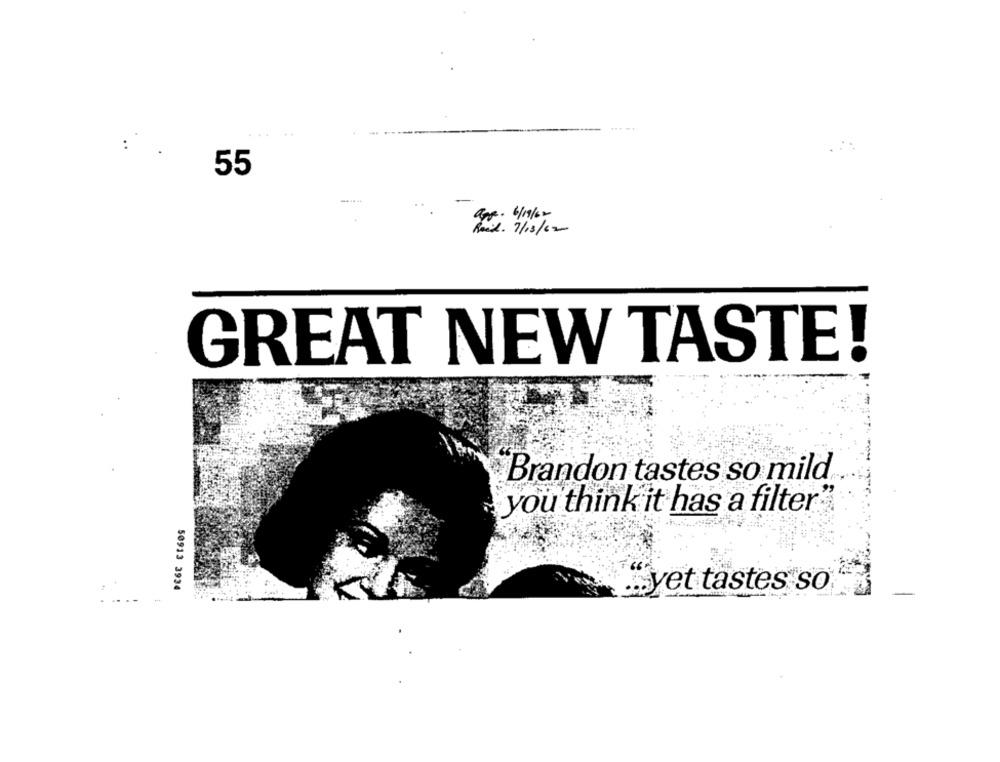
55
apr. 6/19/62
Road. 7/13/ 02
GREAT NEW TASTE!
Brandon tastes so mild.
you think it has a filter
50913 3934
.. yet tastes so